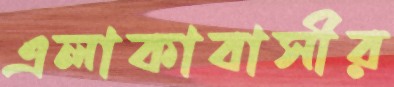
এলাকাবাসীর